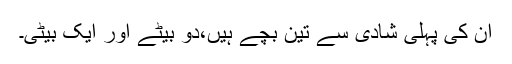
ان کی پہلی شادی سے تین بچے ہیں،دو بیٹے اور ایک بیٹی۔